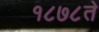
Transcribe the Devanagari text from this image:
१८७८ते